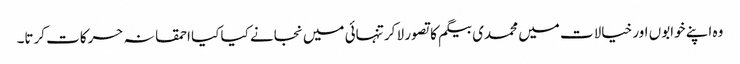
وہ اپنے خوابوں اور خیالات میں محمدی بیگم کا تصور لا کر تنہائی میں نجانے کیا کیا احمقانہ حرکات کرتا۔